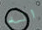
انه